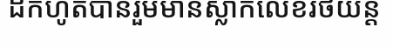
ដកហូតបានរួមមានស្លាកលេខរថយន្ត